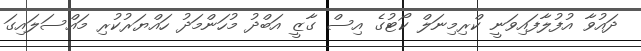
ދައުވާ އުފުލާފައިވަނީ ކްރިމިނަލް ކޯޓުގެ އިސް ގާޒީ އަބްދު މުހަންމަދު ހައްޔަރުކުރި މައްސަލައިގަ